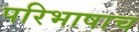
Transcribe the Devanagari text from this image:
परिभाषाच